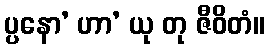
ပ္ပနော’ ဟာ’ ယု တု ဇီဝိတံ။